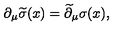
\partial _ { \mu } \widetilde \sigma ( x ) = \widetilde \partial _ { \mu } \sigma ( x ) ,